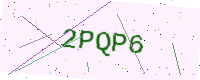
Text: 2PQP6